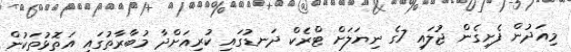
މިއަދުން ފެށިގެން ޖުލައި 7ގެ ނިޔަލަށް ޓްރެކް ދަނޑުގައި ކުރިއަށްދާ މުބާރާތުގައި އަތޮޅުތަކުން